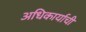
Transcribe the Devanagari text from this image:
अधिकार्याची